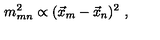
m _ { m n } ^ { 2 } \propto ( \vec { x } _ { m } - \vec { x } _ { n } ) ^ { 2 } \ ,